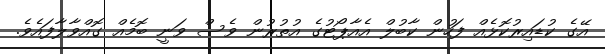
އޭގެ ކުޑައިރުކޮޅެއް ފަހުން ކާބުލް އެއާޕޯޓުގެ އުތުރުން ވެސް ވަނީ ބޮމެއް ގޮއްވާލާފައެވެ.